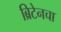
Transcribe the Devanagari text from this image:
ब्रिटेनचा